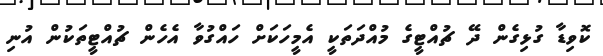
ކޮވިޑާ ގުޅިގެން ދޭ ޗުއްޓީގެ މުއްދަތަކީ އެމީހަކަށް ހައްގުވާ އެހެން ޗުއްޓީތަކުން އުނި